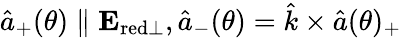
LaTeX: \hat{a}_{+}(\theta)\parallel\mathbf{E}_{\mathrm{red\perp}},\hat{a}_{-}(\theta)=\hat{k}\times\hat{a}(\theta)_{+}